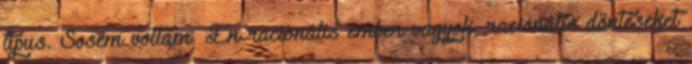
típus. Sosem voltam. Én racionális ember vagyok, racionális döntéseket